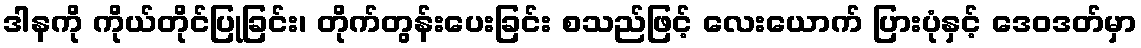
ဒါနကို ကိုယ်တိုင်ပြုခြင်း၊ တိုက်တွန်းပေးခြင်း စသည်ဖြင့် လေးယောက် ပြားပုံနှင့် ဒေဝဒတ်မှာ